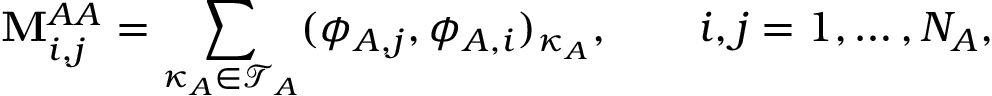
\mathbf { M } _ { i , j } ^ { A A } = \sum _ { \kappa _ { A } \in \mathcal { T } _ { A } } ( \phi _ { A , j } , \phi _ { A , i } ) _ { \kappa _ { A } } , \qquad i , j = 1 , \dots , N _ { A } ,